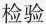
检验